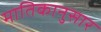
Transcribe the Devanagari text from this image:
मातिकानुसार